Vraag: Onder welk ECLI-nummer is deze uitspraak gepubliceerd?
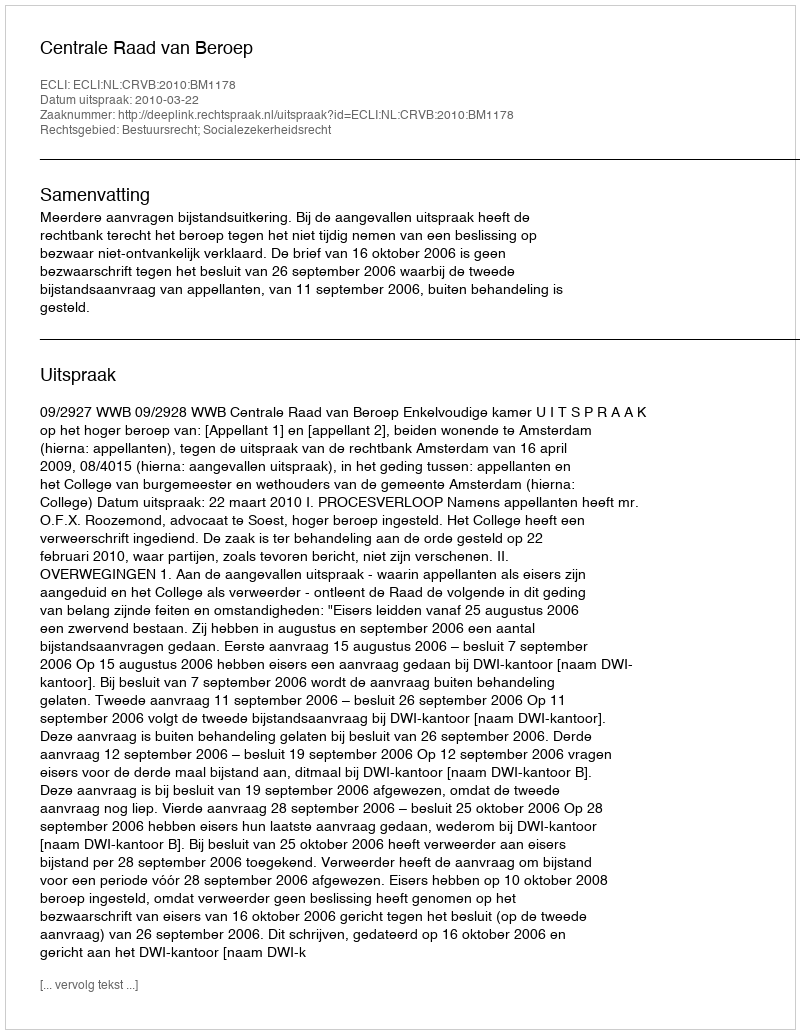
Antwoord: ECLI:NL:CRVB:2010:BM1178